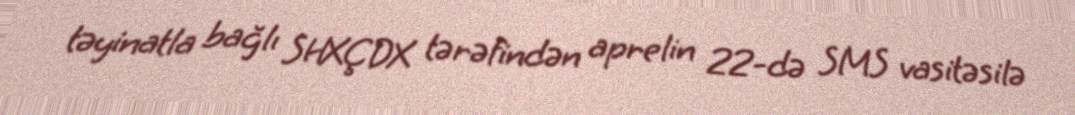
təyinatla bağlı SHXÇDX tərəfindən aprelin 22-də SMS vasitəsilə